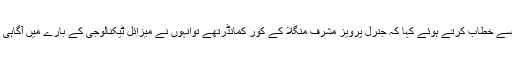
ڈاکٹر اے کیو خان نے پیر کی شام لاہور کے ایک بڑے ہوٹل میں تقریب سے خطاب کرتے ہوئے کہا کہ جنرل پرویز مشرف منگلا کے کور کمانڈرتھے توانہوں نے میزائل ٹیکنالوجی کے بارے میں آگاہی کیلئے جنرل چوہان کے ذریعے مجھ(ڈاکٹر اے کیو خان ) سے رابطہ کیا۔